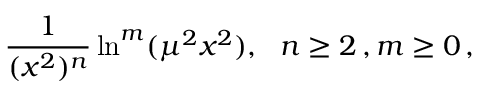
{ \frac { 1 } { ( x ^ { 2 } ) ^ { n } } } \ln ^ { m } ( \mu ^ { 2 } x ^ { 2 } ) , ~ ~ n \geq 2 \, , m \geq 0 \, ,